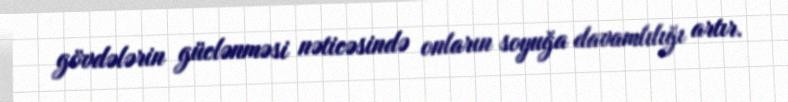
gövdələrin güclənməsi nəticəsində onların soyuğa davamlılığı artır.